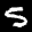
Label: 5